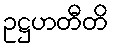
ဥဋ္ဌဟတီတိ